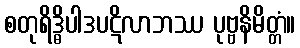
စတုရိဒ္ဓိပါဒပဋိလာဘဿ ပုဗ္ဗနိမိတ္တံ။